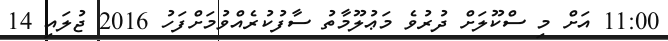
11:00 އަށް މި ސްކޫލަށް ދުރުވެ މަޢުލޫމާތު ސާފުކުރެއްވުމަށްފަހު 2016 ޖުލައި 14